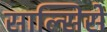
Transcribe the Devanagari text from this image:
साल्सिसे